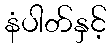
နံပါတ်နှင့်